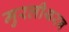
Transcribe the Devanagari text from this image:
मुरलीथरन